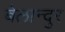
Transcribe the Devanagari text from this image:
बेलान्दुर